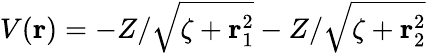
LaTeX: V(\mathbf{r})=-Z/\sqrt{\zeta+\mathbf{r}_{1}^{2}}-Z/\sqrt{\zeta+\mathbf{r}_{2}^{2}}